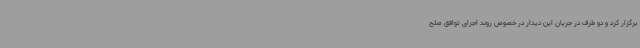
برگزار کرد و دو طرف در جریان این دیدار در خصوص روند اجرای توافق صلح